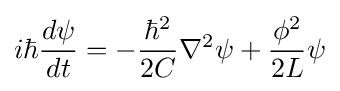
i\hbar {\frac {d\psi }{dt}}=-{\frac {\hbar ^{2}}{2C}}\nabla ^{2}\psi +{\frac {\phi ^{2}}{2L}}\psi